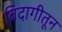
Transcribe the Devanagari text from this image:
बिदागीतून